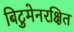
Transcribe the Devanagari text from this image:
बिटुमेनरक्षित